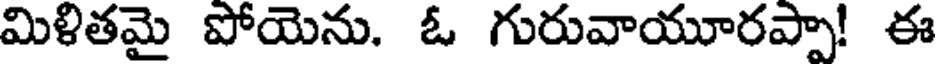
మిళితమై పోయెను. ఓ గురువాయూరప్పా! ఈ